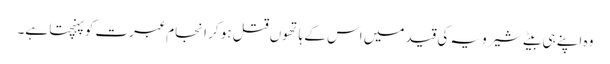
وہ اپنے ہی بیٹے شیرویہ کی قید میں اس کے ہاتھوں قتل ہو کر انجام عبرت کو پہنچتا ہے۔